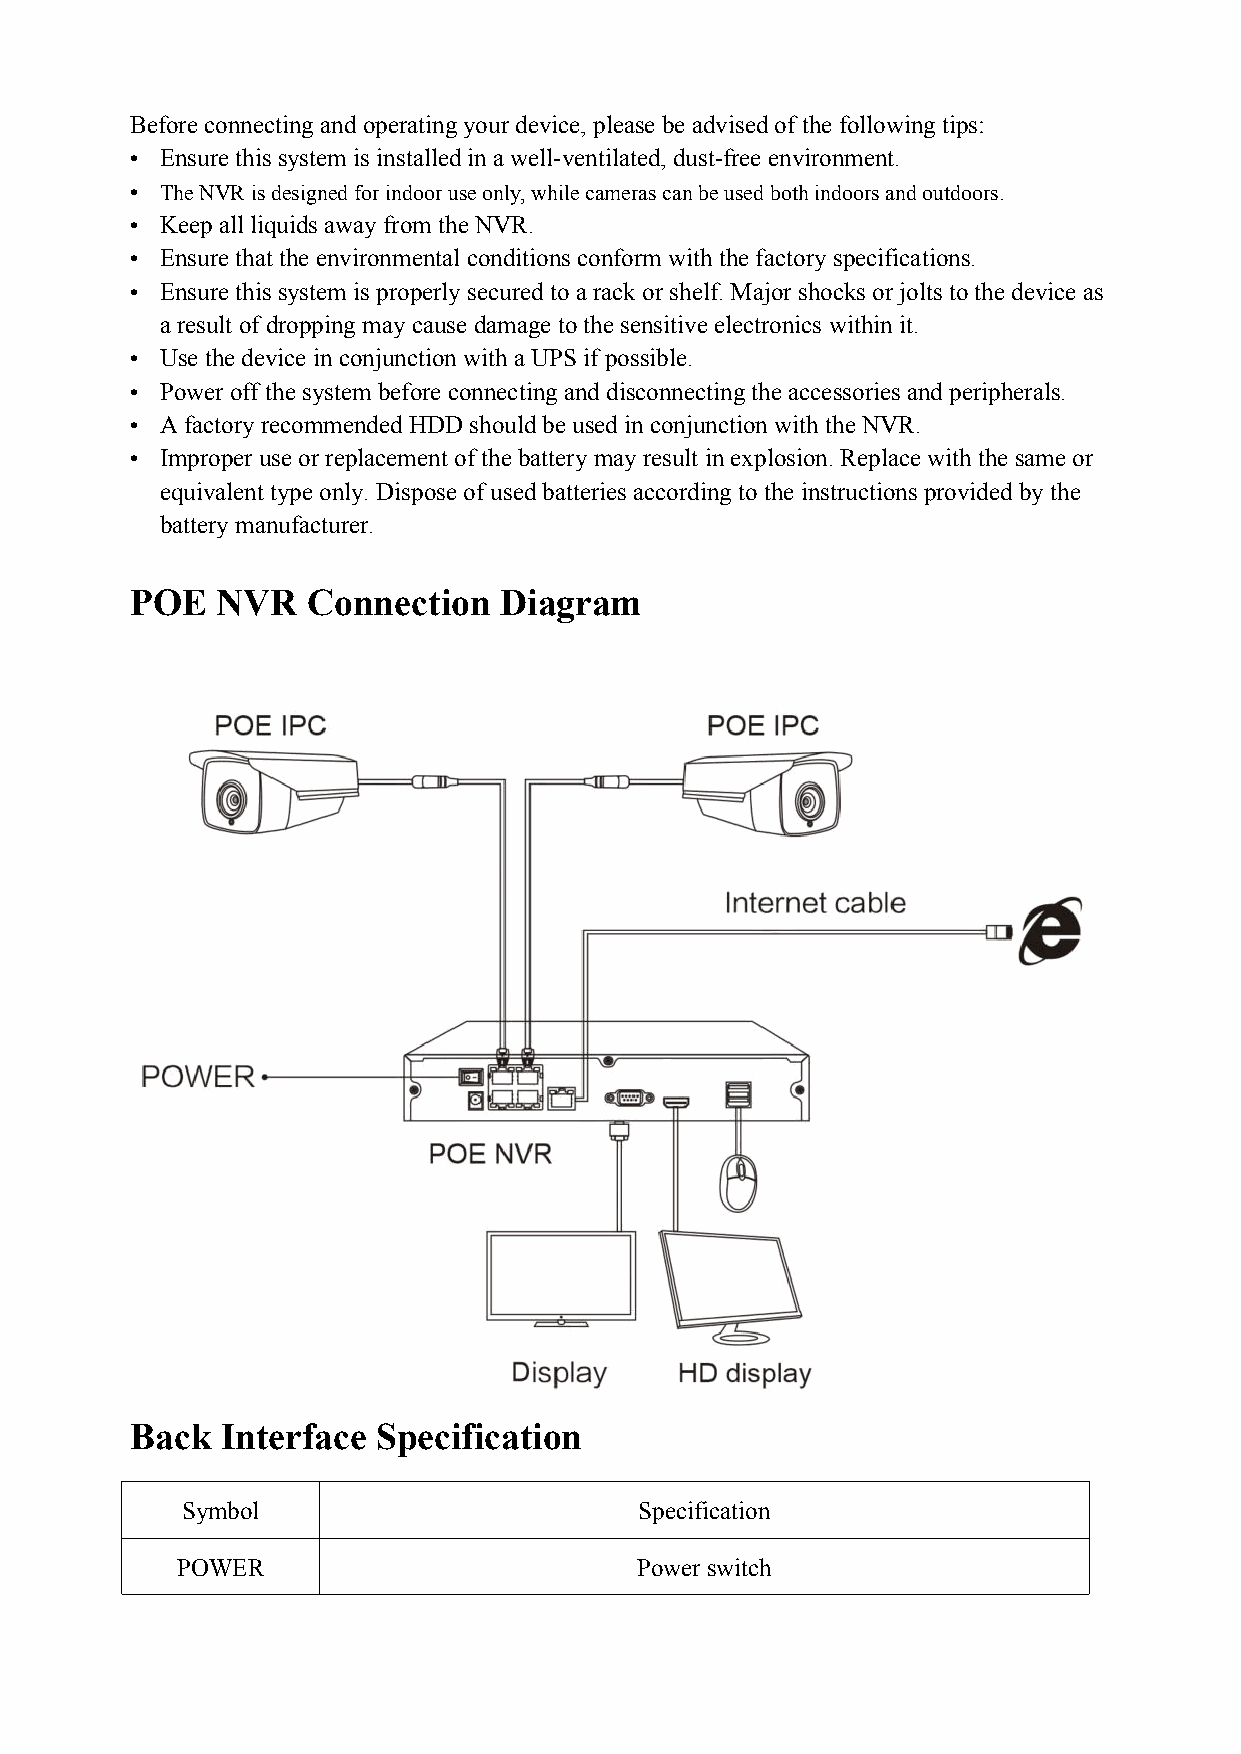
Beforeconnecting and operating your device, please be advised of thefollowingtips:
 • Ensurethis system is installed in awell-ventilated, dust-free environment.
 • TheNVRisdesignedforindooruseonly,whilecamerascanbeusedbothindoorsandoutdoors.
 • Keep all liquidsaway from theNVR.
 • Ensurethat theenvironmental conditions conform with thefactory specifications.
 • Ensurethis system is properly secured to a rack orshelf. Major shocks orjoltsto thedevice as
 aresult ofdropping may cause damage to thesensitiveelectronics withinit.
 • Usethedevice in conjunction with aUPS ifpossible.
 • Poweroff thesystem before connecting anddisconnecting theaccessories and peripherals.
 • Afactory recommended HDDshouldbeused inconjunction with theNVR.
 • Improper useorreplacement ofthebattery may result in explosion. Replace with thesame or
 equivalent type only. Disposeof usedbatteries according to theinstructionsprovided bythe
 battery manufacturer.
 POE  NVR   Connection   Diagram
 Back  Interface Specification
 Symbol                        Specification
 POWER                         Powerswitch